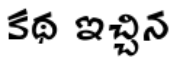
కథ ఇచ్చిన